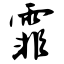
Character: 霏